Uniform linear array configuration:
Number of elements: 24
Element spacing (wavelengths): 1
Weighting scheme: hann
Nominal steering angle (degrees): -60
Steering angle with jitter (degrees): -61.813
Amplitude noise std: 0.05
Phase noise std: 0.05

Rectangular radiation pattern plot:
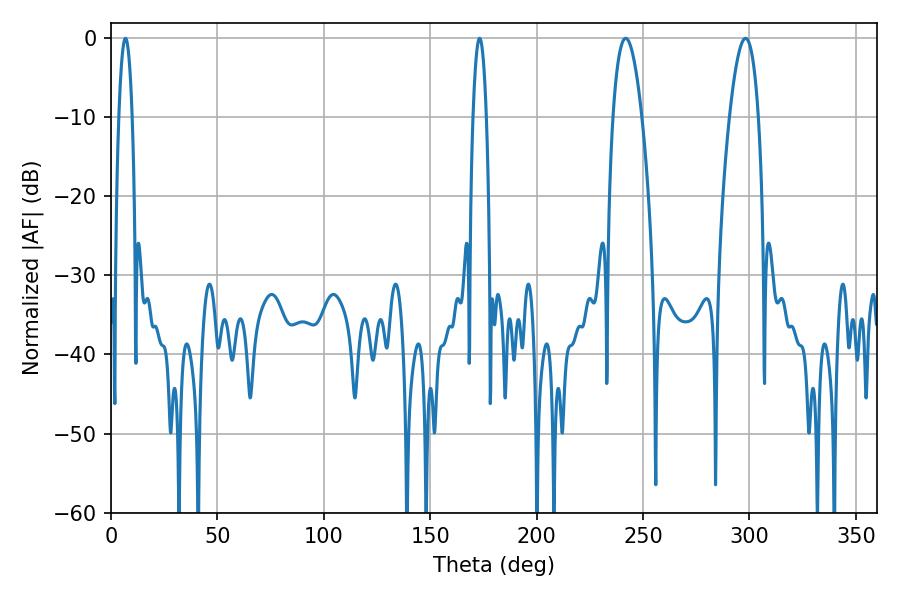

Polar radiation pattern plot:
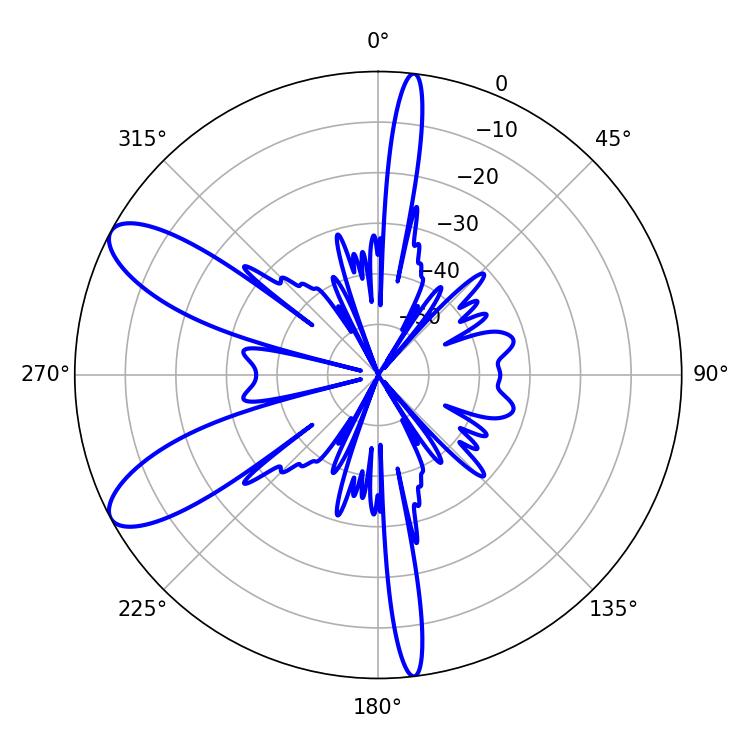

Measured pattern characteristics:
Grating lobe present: TRUE
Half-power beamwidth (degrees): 7.56
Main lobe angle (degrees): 241.92